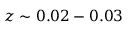
z \sim 0 . 0 2 - 0 . 0 3